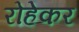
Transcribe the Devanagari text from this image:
रोहेकर